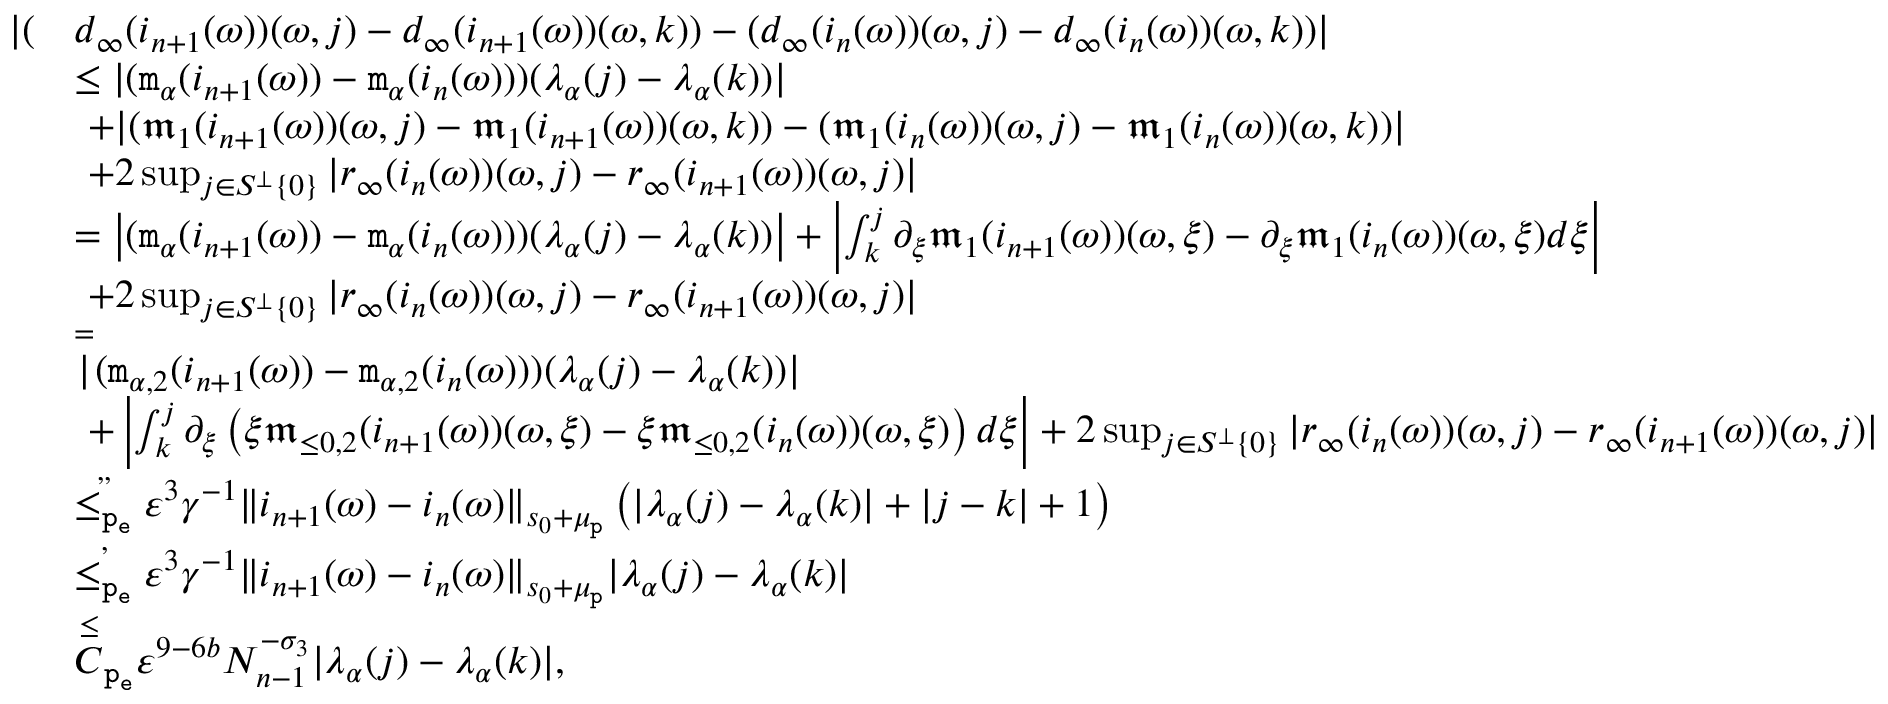
\begin{array} { r l } { | ( } & { d _ { \infty } ( i _ { n + 1 } ( \omega ) ) ( \omega , j ) - d _ { \infty } ( i _ { n + 1 } ( \omega ) ) ( \omega , k ) ) - ( d _ { \infty } ( i _ { n } ( \omega ) ) ( \omega , j ) - d _ { \infty } ( i _ { n } ( \omega ) ) ( \omega , k ) ) | } \\ & { \le | ( \mathtt { m } _ { \alpha } ( i _ { n + 1 } ( \omega ) ) - \mathtt { m } _ { \alpha } ( i _ { n } ( \omega ) ) ) ( \lambda _ { \alpha } ( j ) - \lambda _ { \alpha } ( k ) ) | } \\ & { \ + | ( \mathfrak { m } _ { 1 } ( i _ { n + 1 } ( \omega ) ) ( \omega , j ) - \mathfrak { m } _ { 1 } ( i _ { n + 1 } ( \omega ) ) ( \omega , k ) ) - ( \mathfrak { m } _ { 1 } ( i _ { n } ( \omega ) ) ( \omega , j ) - \mathfrak { m } _ { 1 } ( i _ { n } ( \omega ) ) ( \omega , k ) ) | } \\ & { \ + 2 \operatorname* { s u p } _ { j \in S ^ { \perp } \left\{ 0 \right\} } | r _ { \infty } ( i _ { n } ( \omega ) ) ( \omega , j ) - r _ { \infty } ( i _ { n + 1 } ( \omega ) ) ( \omega , j ) | } \\ & { = \left| ( \mathtt { m } _ { \alpha } ( i _ { n + 1 } ( \omega ) ) - \mathtt { m } _ { \alpha } ( i _ { n } ( \omega ) ) ) ( \lambda _ { \alpha } ( j ) - \lambda _ { \alpha } ( k ) ) \right| + \left| \int _ { k } ^ { j } \partial _ { \xi } \mathfrak { m } _ { 1 } ( i _ { n + 1 } ( \omega ) ) ( \omega , \xi ) - \partial _ { \xi } \mathfrak { m } _ { 1 } ( i _ { n } ( \omega ) ) ( \omega , \xi ) d \xi \right| } \\ & { \ + 2 \operatorname* { s u p } _ { j \in S ^ { \perp } \left\{ 0 \right\} } | r _ { \infty } ( i _ { n } ( \omega ) ) ( \omega , j ) - r _ { \infty } ( i _ { n + 1 } ( \omega ) ) ( \omega , j ) | } \\ & { \overset = | ( \mathtt { m } _ { \alpha , 2 } ( i _ { n + 1 } ( \omega ) ) - \mathtt { m } _ { \alpha , 2 } ( i _ { n } ( \omega ) ) ) ( \lambda _ { \alpha } ( j ) - \lambda _ { \alpha } ( k ) ) | } \\ & { \ + \left| \int _ { k } ^ { j } \partial _ { \xi } \left( \xi \mathfrak { m } _ { \le 0 , 2 } ( i _ { n + 1 } ( \omega ) ) ( \omega , \xi ) - \xi \mathfrak { m } _ { \le 0 , 2 } ( i _ { n } ( \omega ) ) ( \omega , \xi ) \right) d \xi \right| + 2 \operatorname* { s u p } _ { j \in S ^ { \perp } \left\{ 0 \right\} } | r _ { \infty } ( i _ { n } ( \omega ) ) ( \omega , j ) - r _ { \infty } ( i _ { n + 1 } ( \omega ) ) ( \omega , j ) | } \\ & { \overset { , , } { \le _ { \mathtt { p _ { e } } } } \varepsilon ^ { 3 } \gamma ^ { - 1 } \rVert i _ { n + 1 } ( \omega ) - i _ { n } ( \omega ) \rVert _ { s _ { 0 } + \mu _ { \mathtt { p } } } \left( | \lambda _ { \alpha } ( j ) - \lambda _ { \alpha } ( k ) | + | j - k | + 1 \right) } \\ & { \overset { , } { \le _ { \mathtt { p _ { e } } } } \varepsilon ^ { 3 } \gamma ^ { - 1 } \rVert i _ { n + 1 } ( \omega ) - i _ { n } ( \omega ) \rVert _ { s _ { 0 } + \mu _ { \mathtt { p } } } | \lambda _ { \alpha } ( j ) - \lambda _ { \alpha } ( k ) | } \\ & { \overset \le C _ { \mathtt { p _ { e } } } \varepsilon ^ { 9 - 6 b } N _ { n - 1 } ^ { - \sigma _ { 3 } } | \lambda _ { \alpha } ( j ) - \lambda _ { \alpha } ( k ) | , } \end{array}